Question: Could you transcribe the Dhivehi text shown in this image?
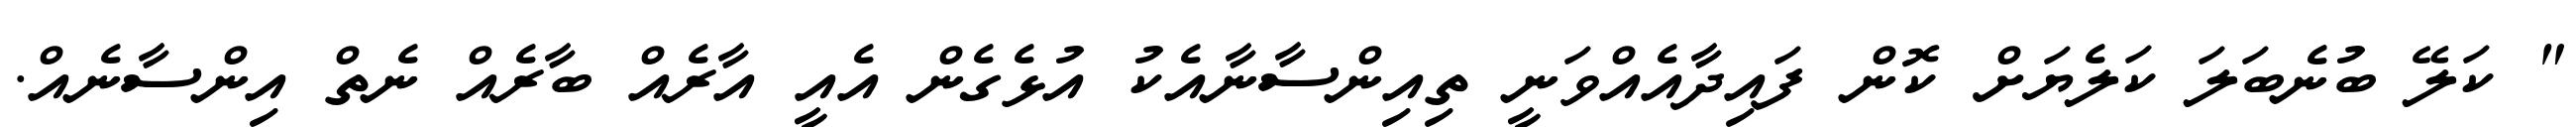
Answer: " ކަލޭ ބުނެބަލަ ކަލެޔަށް ކޮން ފައިދާއެއްވަނީ ތިއިންސާނާއެކު އުޅެގެން އެއީ އާރެއް ބާރެއް ނެތް އިންސާނެއް.